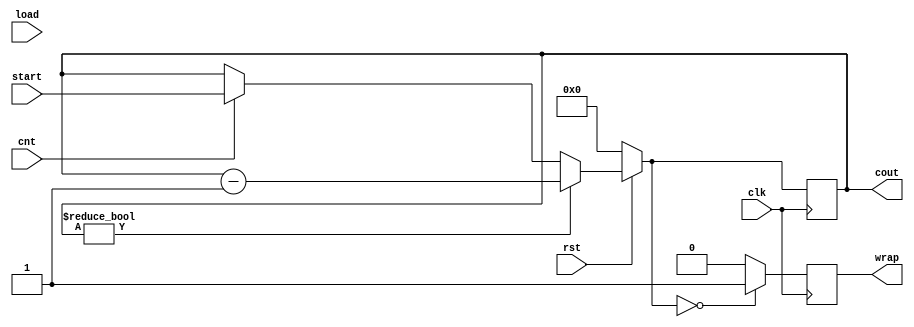
`timescale 1ns / 1ps
//////////////////////////////////////////////////////////////////////////////////
// Company: 
// Engineer: 
// 
// Design Name: 
// Module Name: counter
// Project Name: 
// Target Devices: 
// Tool Versions: 
// Description: 
// 
// Dependencies: 
// 
// Revision:
// Revision 0.01 - File Created
// Additional Comments:
// 
//////////////////////////////////////////////////////////////////////////////////


`timescale 1ns / 1ps
//ECE230 DP3 Ex2 Provided Counter Code
//ver: Nov11,2023, by DRAM

module counter
#( parameter integer width = 16 )    //parameter 'width' defines how many bits the counter contains
(
    input clk, cnt, load, rst,
    input [width-1:0] start,
    output reg [width-1:0] cout,
    output reg wrap
    );
    always @ (negedge clk) begin
    //nested if-else block to set counter mode
        if (!rst) cout = 0;                 //reset mode
            else if (cout) cout = cout -1;  //new postition
            else if (!cnt) cout = cout;     //new position
            else if (load) cout = start;    //load mode
            //else if (!cnt) cout = cout;   //hold mode
//            else if (cout) cout = cout -1;  //count mode, count down
            else cout = start;          //count mode, wrap to start
    //if-else block to toggle wrap when cout=0                    
        if (!cout) wrap = 1;
            else wrap = 0;
    end       
endmodule